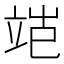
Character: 𬔝